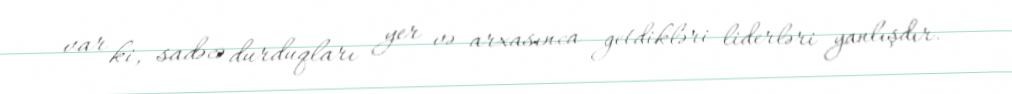
var ki, sadəcə durduqları yer və arxasınca getdikləri liderləri yanlışdır.